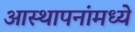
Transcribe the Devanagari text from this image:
आस्‍थापनांमध्‍ये